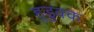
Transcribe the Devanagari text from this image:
हुडुक्क